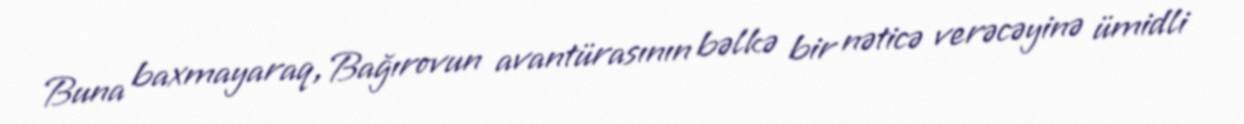
Buna baxmayaraq, Bağırovun avantürasının bəlkə bir nəticə verəcəyinə ümidli